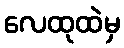
လေထုထဲမှ